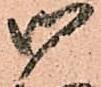
御